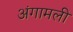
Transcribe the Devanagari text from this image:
अंगामली